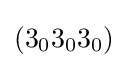
(3_{0}3_{0}3_{0})